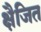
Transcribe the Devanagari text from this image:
क्षैजित